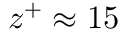
z ^ { + } \approx 1 5